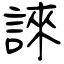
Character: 誺